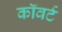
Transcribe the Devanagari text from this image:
कॉवर्ट